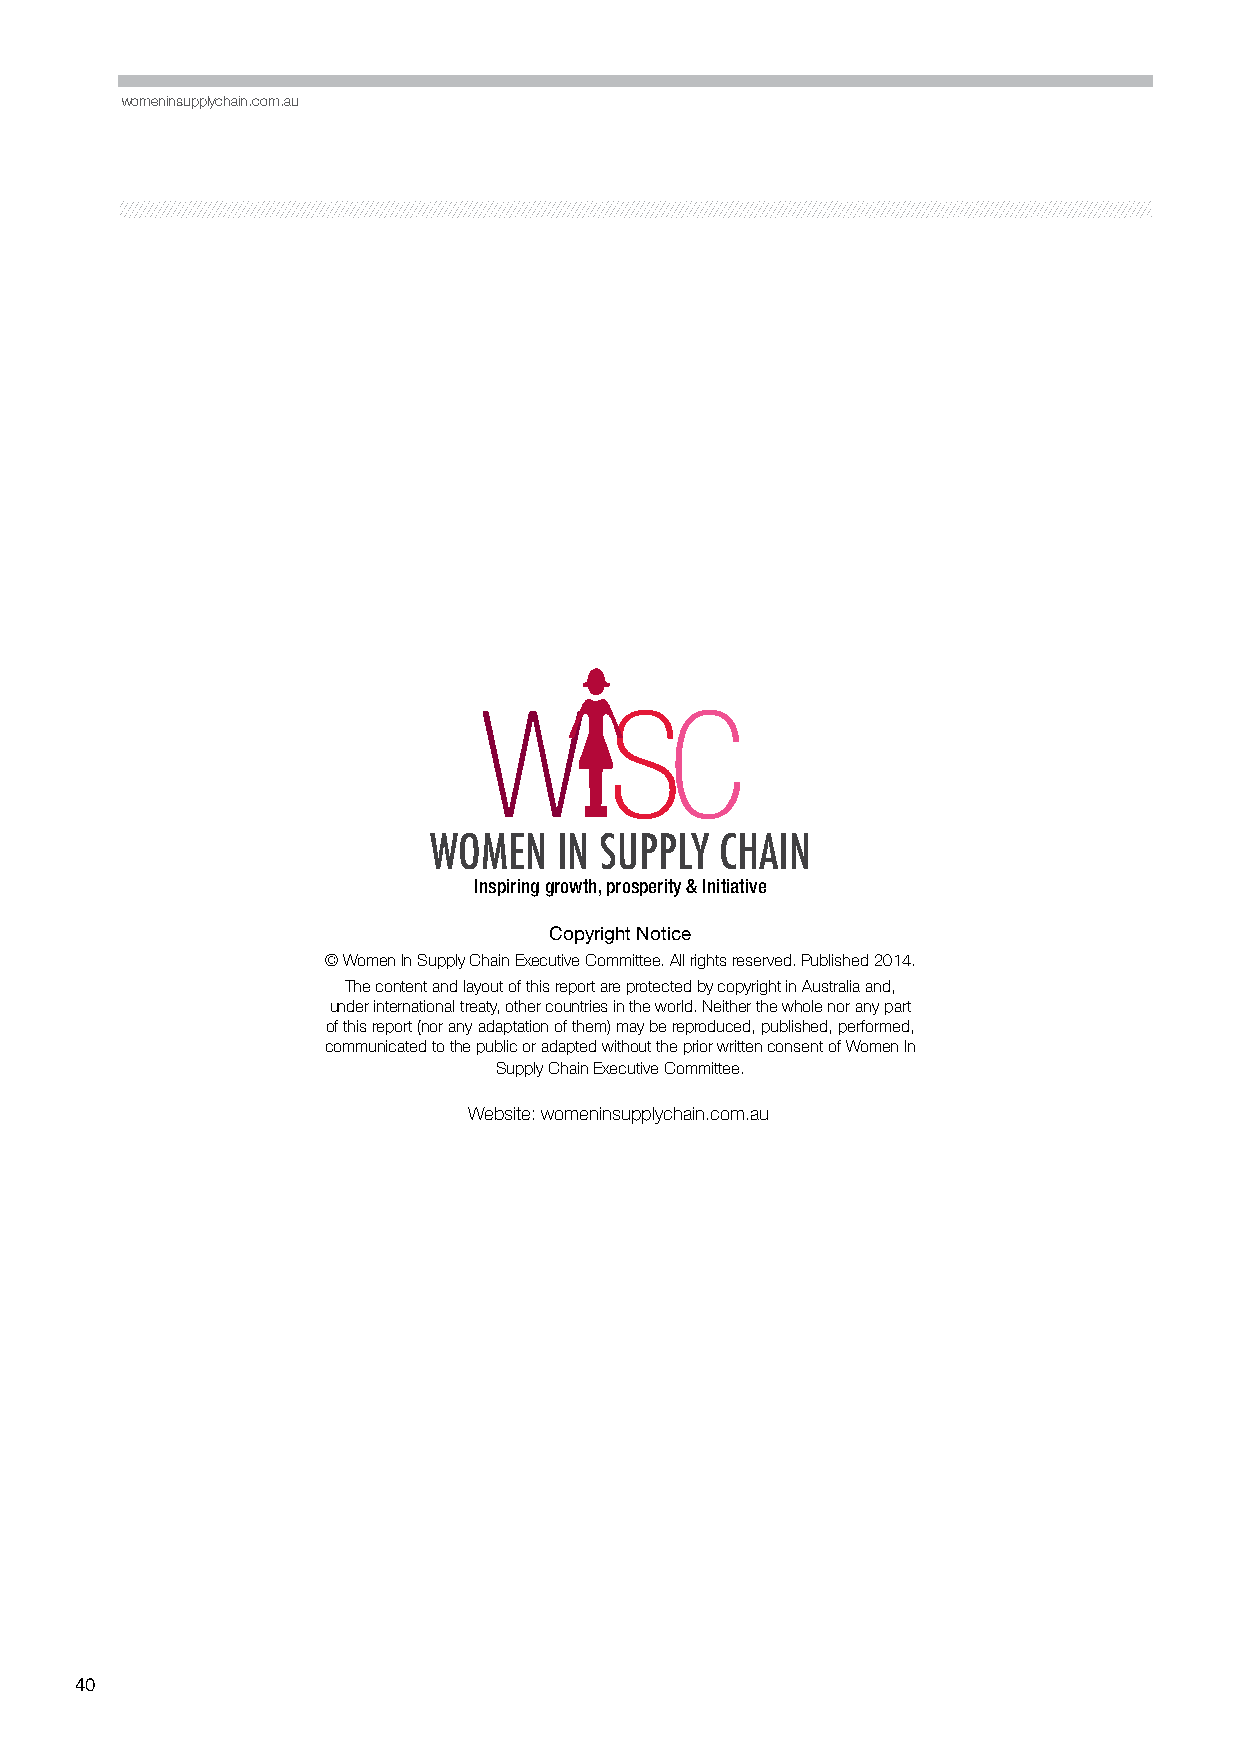
womeninsupplychain.com.au
 W       SC
 WOMEN    IN SUPPLY  CHAIN
 Inspiring growth, prosperity & Initiative
 Copyright Notice
 © Women In Supply Chain Executive Committee. All rights reserved. Published 2014.
 The content and layout of this report are protected by copyright in Australia and,
 under international treaty, other countries in the world. Neither the whole nor any part
 of this report (nor any adaptation of them) may be reproduced, published, performed,
 communicated to the public or adapted without the prior written consent of Women In
 Supply Chain Executive Committee.
 Website: womeninsupplychain.com.au
 40